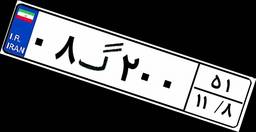
۲۰گ۰۰۹۹۳